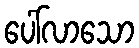
ပေါ်လာသော